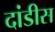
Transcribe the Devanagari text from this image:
दांडीस